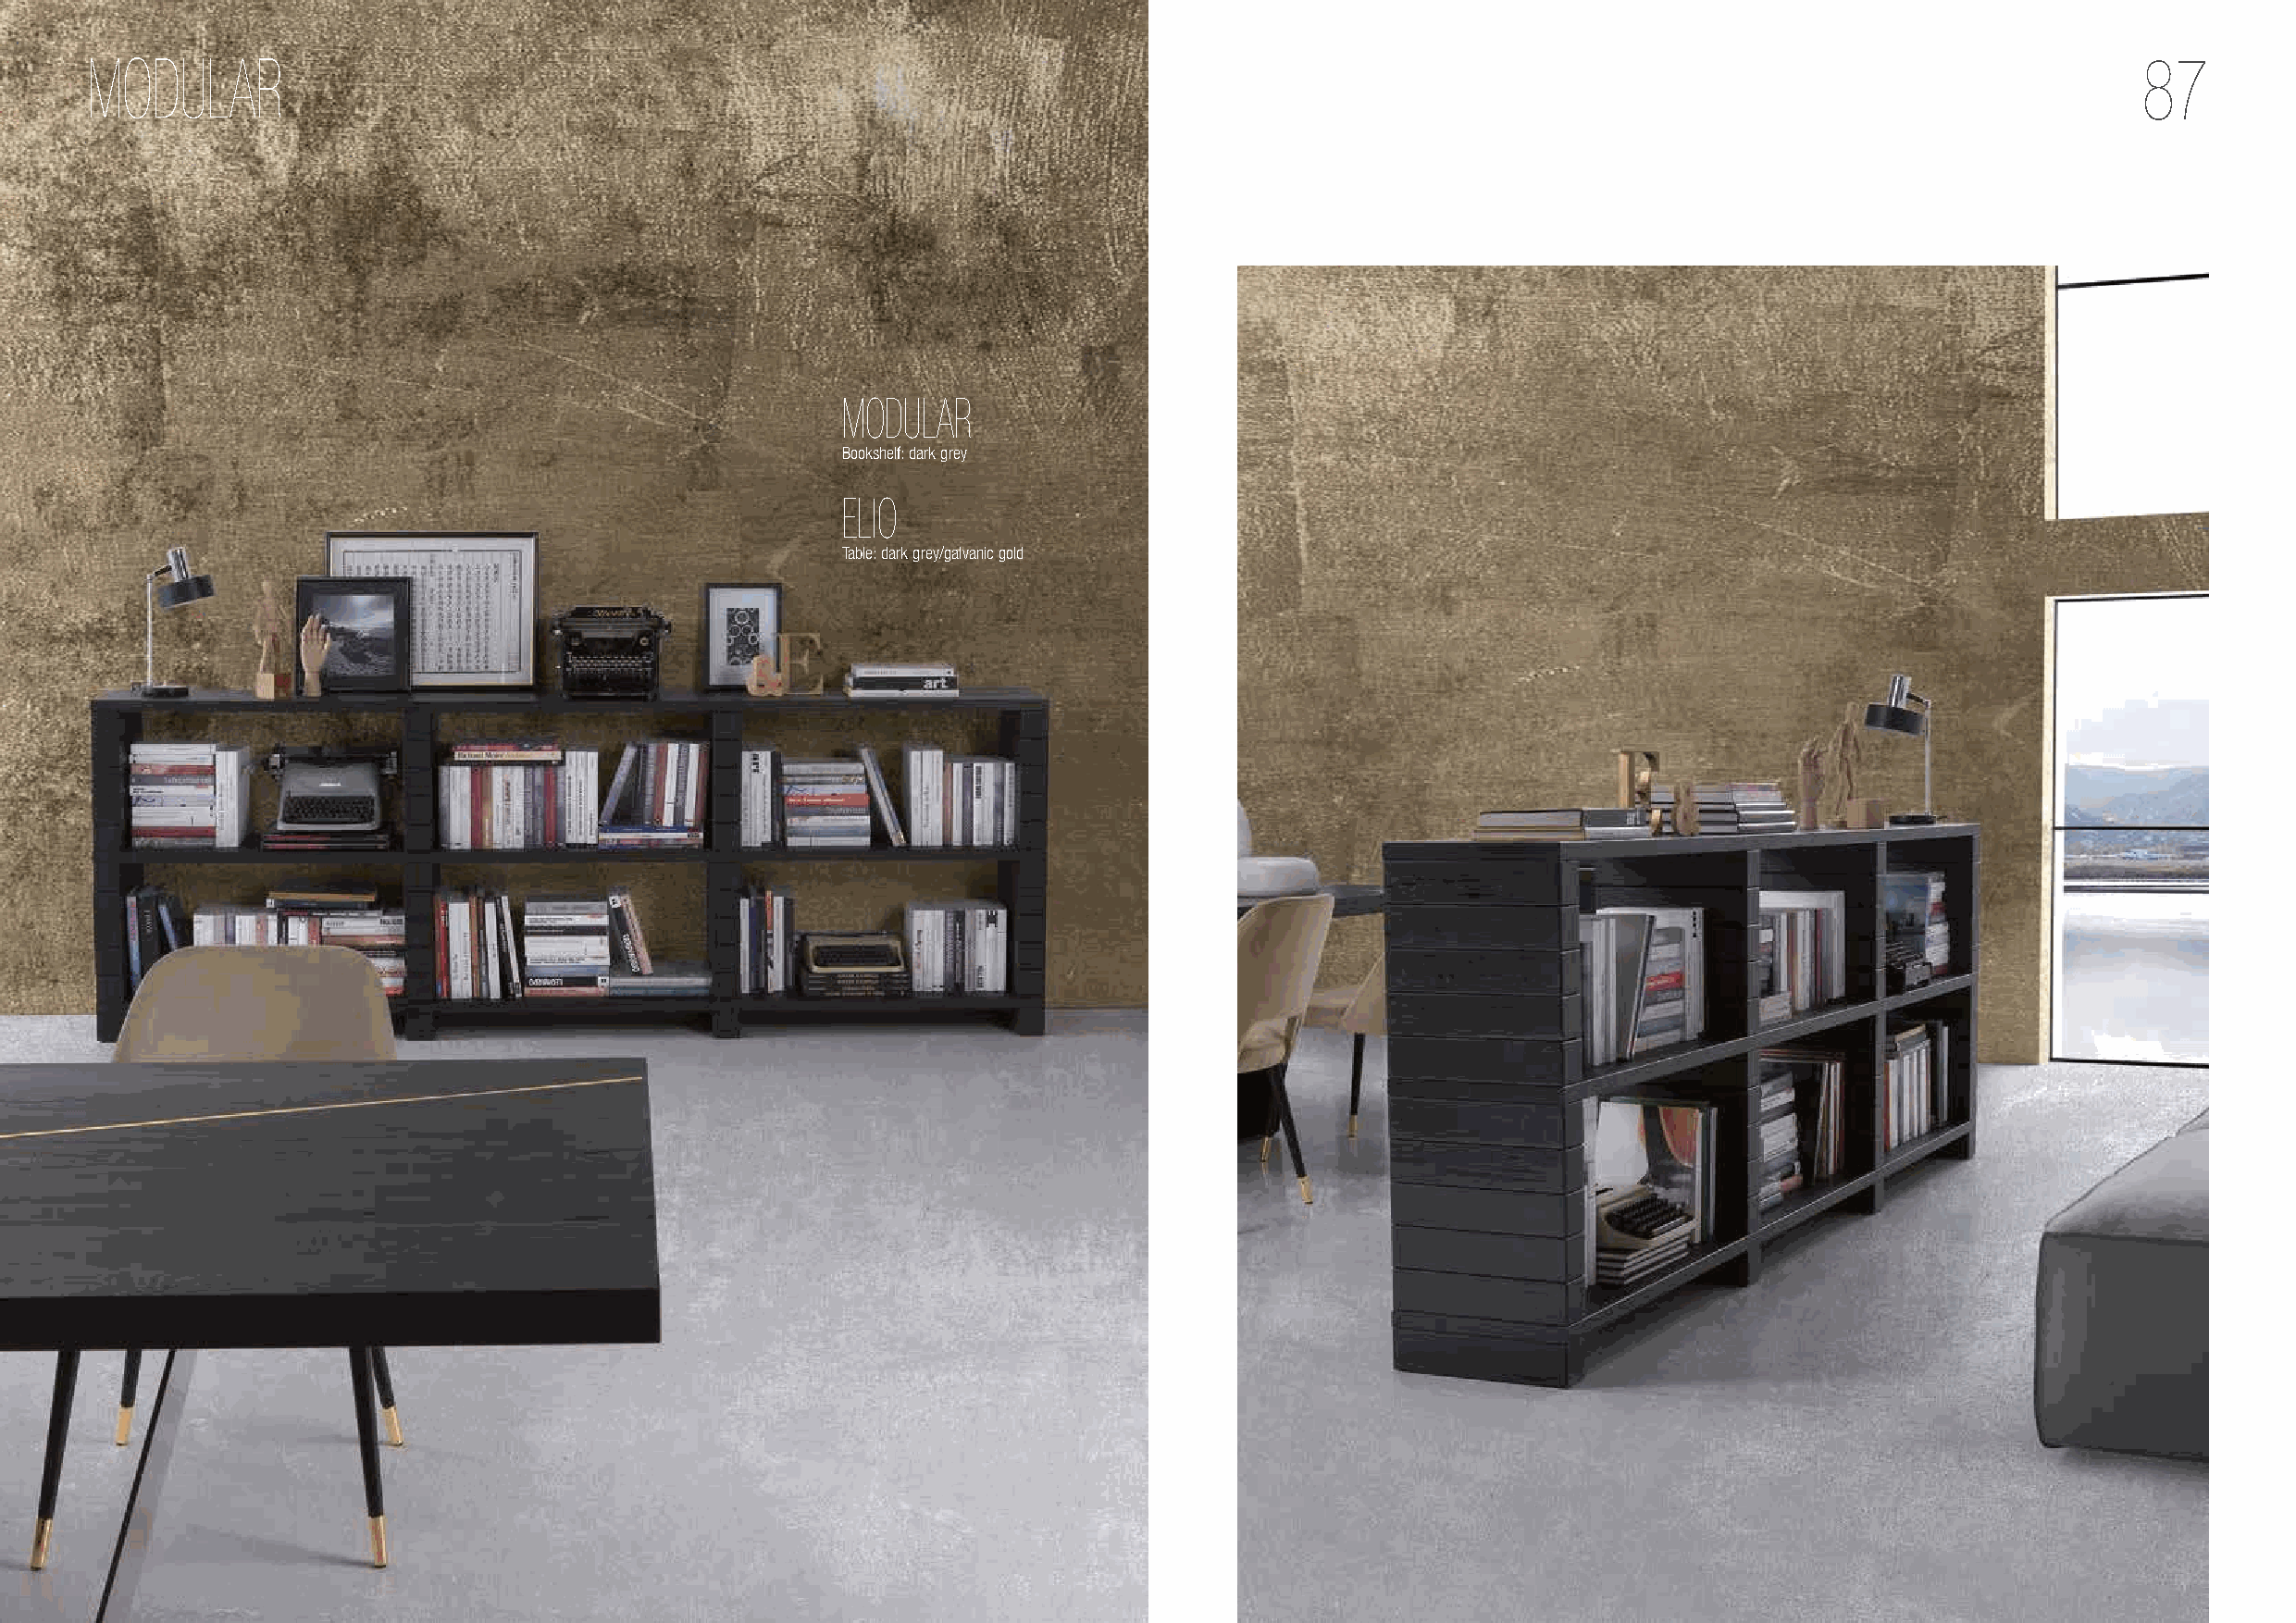
MODULAR                                                                                                                                            87
 MODULAR
 Bookshelf: dark grey
 ELIO
 Table: dark grey/galvanic gold